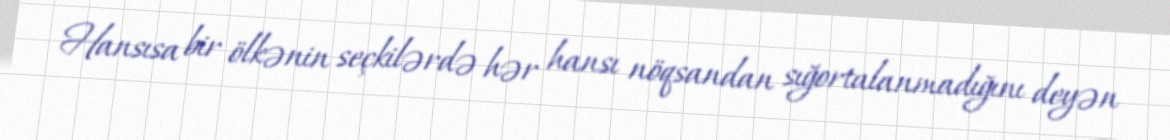
Hansısa bir ölkənin seçkilərdə hər hansı nöqsandan sığortalanmadığını deyən